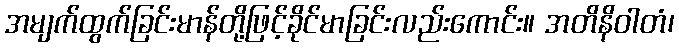
အမျက်ထွက်ခြင်းမာန်တို့ဖြင့်ခိုင်မာခြင်းလည်းကောင်း။ အတိနိဝါတံ၊